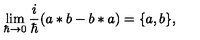
\lim _ { \hbar \rightarrow 0 } \frac i \hbar ( a * b - b * a ) = \{ a , b \} ,